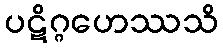
ပဋိဂ္ဂဟေဿသိ